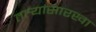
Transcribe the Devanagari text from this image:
तार्‍यांसारखा